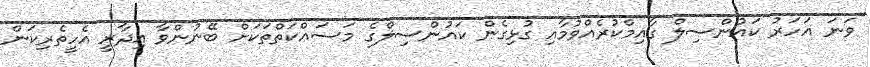
ވަނަ އަހަރު ކައުންސިލް ގާއިމްކުރެއްވުމާއި ގުޅިގެން ކައުންސިލްގެ މަސައްކަތްތަކަށް ބޭނުންވާ އިދާރީ އެހީތެރިކަން